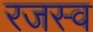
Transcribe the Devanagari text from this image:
रजस्व